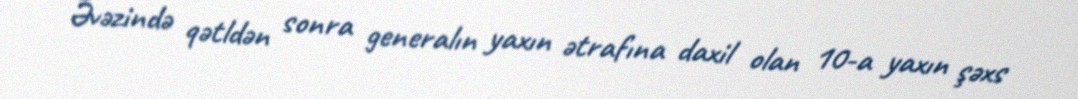
Əvəzində qətldən sonra generalın yaxın ətrafına daxil olan 10-a yaxın şəxs